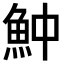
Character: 𩵵